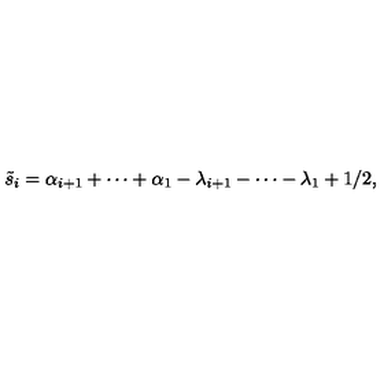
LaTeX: \tilde { s } _ { i } = \alpha _ { i + 1 } + \cdots + \alpha _ { 1 } - \lambda _ { i + 1 } - \cdots - \lambda _ { 1 } + 1 / 2 ,